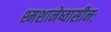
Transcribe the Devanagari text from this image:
श्मशानेष्वासीनः